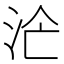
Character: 𣳁